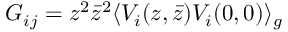
{ \cal G } _ { i j } = z ^ { 2 } { \bar { z } } ^ { 2 } \langle V _ { i } ( z , { \bar { z } } ) V _ { i } ( 0 , 0 ) \rangle _ { g }